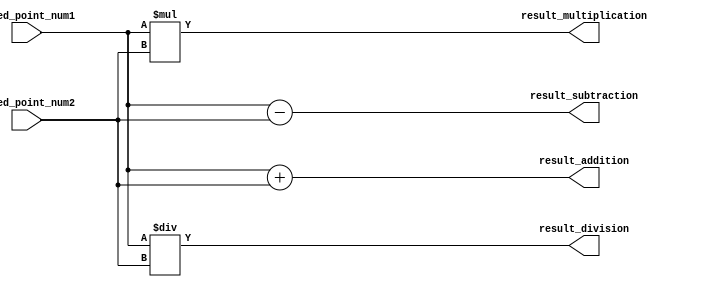
module fixed_point_converter (
    input signed [31:0] fixed_point_num1,
    input signed [31:0] fixed_point_num2,
    output signed [31:0] result_addition,
    output signed [31:0] result_subtraction,
    output signed [31:0] result_multiplication,
    output signed [31:0] result_division
);

// Addition module
assign result_addition = fixed_point_num1 + fixed_point_num2;

// Subtraction module
assign result_subtraction = fixed_point_num1 - fixed_point_num2;

// Multiplication module
assign result_multiplication = fixed_point_num1 * fixed_point_num2;

// Division module
assign result_division = fixed_point_num1 / fixed_point_num2;

endmodule